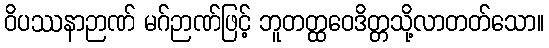
ဝိပဿနာဉာဏ် မဂ်ဉာဏ်ဖြင့် ဘူတတ္ထဝေဒိတ္တသို့လာတတ်သော။